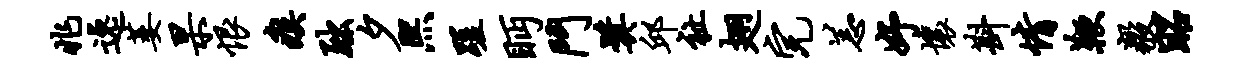
兆逸萎杲恨瘼黜夕熙蹉眄斗奖邱祉翅完恙妤壤斟情鞭毅昭